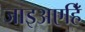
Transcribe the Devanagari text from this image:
जाइअएहिँ